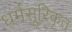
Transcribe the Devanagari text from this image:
धर्मसूरिकृत